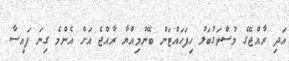
އަދި ރާއްޖޭގެ މުސްތަގުބަލު ހިފަހައްޓަން ބޭނުމިއްޔާ ރާއްޖެ އަށް އެންމެ ގިނަ ފައިސާ